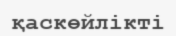
қаскөйлікті